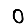
Digit: 0